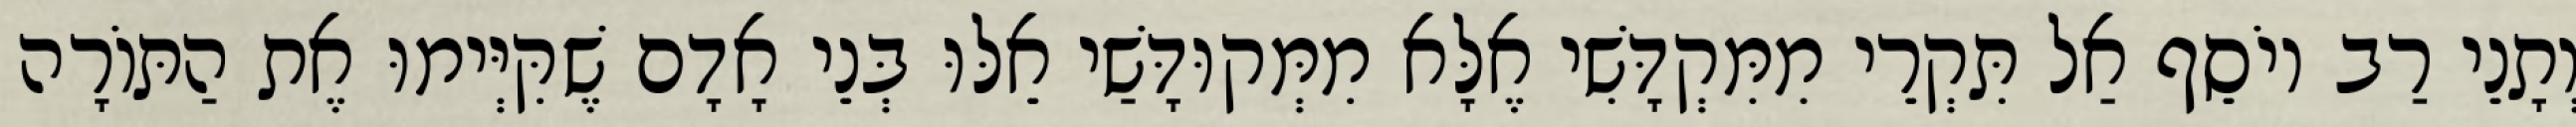
וְתָנֵי רַב יוֹסֵף אַל תִּקְרֵי מִמִּקְדָּשִׁי אֶלָּא מִמְּקוּדָּשַׁי אֵלּוּ בְּנֵי אָדָם שֶׁקִּיְּימוּ אֶת הַתּוֹרָה